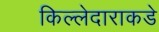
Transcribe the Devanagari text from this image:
किल्लेदाराकडे